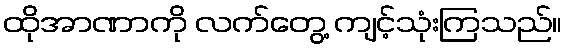
ထိုအာဏာကို လက်တွေ့ ကျင့်သုံးကြသည်။